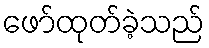
ဖော်ထုတ်ခဲ့သည်